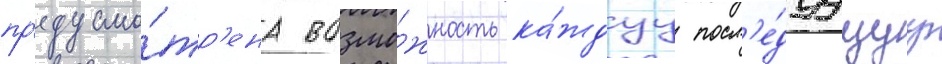
пр'едусмо́тр'ена возмо́жность ка́ждуу посл'е́дуущуу